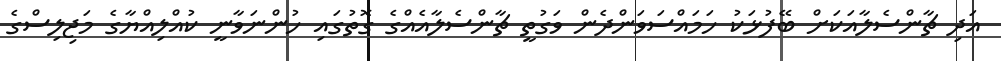
އަދި ޗާންސެލާއަކަށް ބޭފުޅަކު ހަމައްސަވަންދެން ވަގުތީ ޗާންސެލާއެއްގެ ގޮތުގައި ހުންނަވާނީ ކުއްލިއްޔާގެ މަޖިލިސްގެ